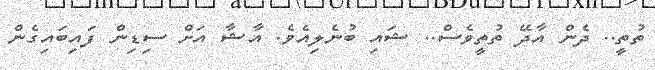
ތުތީ.. ދެން އާދޭ ތުތީވެސް.. ޝައި ބުނެލިއެވެ. އާޝާ އަށް ސިޑިން ފައިބައިގެން